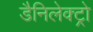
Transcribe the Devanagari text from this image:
डैनिलेक्ट्रो